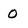
Character: 0